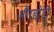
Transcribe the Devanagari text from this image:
औरछोटी